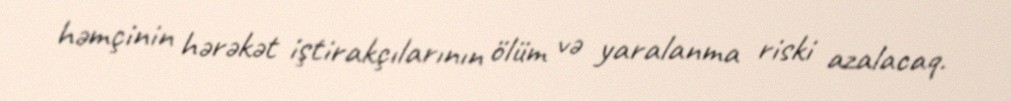
həmçinin hərəkət iştirakçılarının ölüm və yaralanma riski azalacaq.